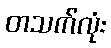
တသက်လုံး